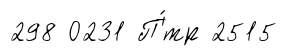
298 0231 П'́тр 2515